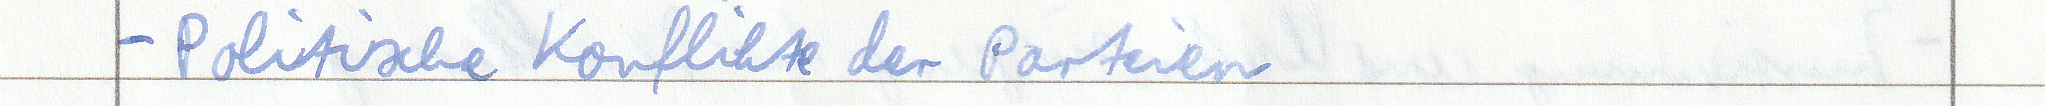
- Politische Konflikte der Parteien